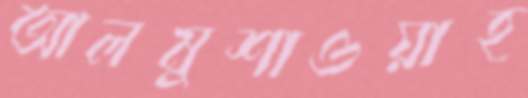
আলমুশাওয়াহ